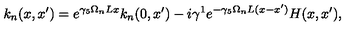
k _ { n } ( x , x ^ { \prime } ) = e ^ { \gamma _ { 5 } \Omega _ { n } L x } k _ { n } ( 0 , x ^ { \prime } ) - i \gamma ^ { 1 } e ^ { - \gamma _ { 5 } \Omega _ { n } L ( x - x ^ { \prime } ) } H ( x , x ^ { \prime } ) ,